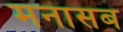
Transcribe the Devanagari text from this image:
मनासब